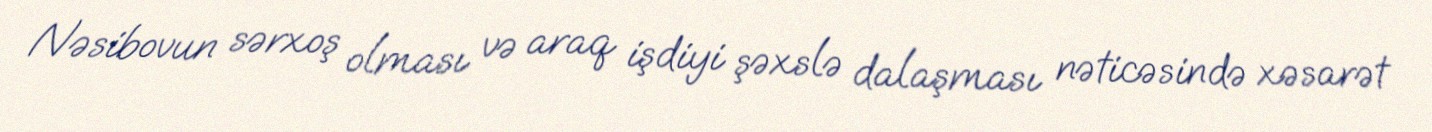
Nəsibovun sərxoş olması və araq işdiyi şəxslə dalaşması nəticəsində xəsarət